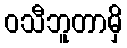
ဝသီဘူတာမှိ